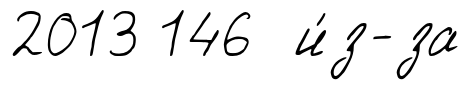
2013 146 и́з-за